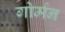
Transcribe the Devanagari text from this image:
गोर्मन